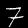
Digit: 7